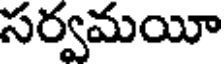
సర్వమయీ